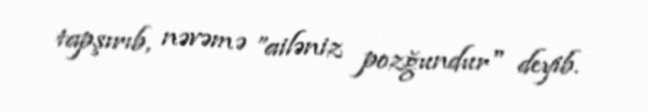
tapşırıb, nəvəmə ”ailəniz pozğundur" deyib.